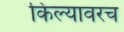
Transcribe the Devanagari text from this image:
किल्यावरच